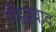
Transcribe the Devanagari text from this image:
सिद्धवाद